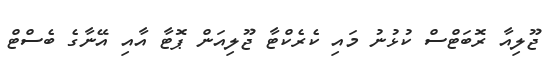
ޖޫލިއާ ރޮބަޓްސް ކުޅުނު މައި ކެރެކްޓާ ޖޫލިއަން ޕޮޓާ އާއި އޭނާގެ ބެސްޓް